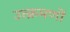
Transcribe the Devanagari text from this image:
उत्क्रमणों